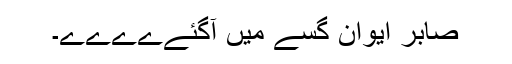
صابر ایوان گسّے میں آگئےےےےے۔